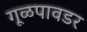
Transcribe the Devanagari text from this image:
गूळपावडर